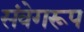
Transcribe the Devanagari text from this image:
संवेगरूप